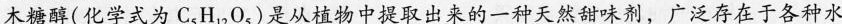
木糖醇(化学式为C_{5}H_{12}O_{5})是从植物中提取出来的一种天然甜味剂，广泛存在于各种水